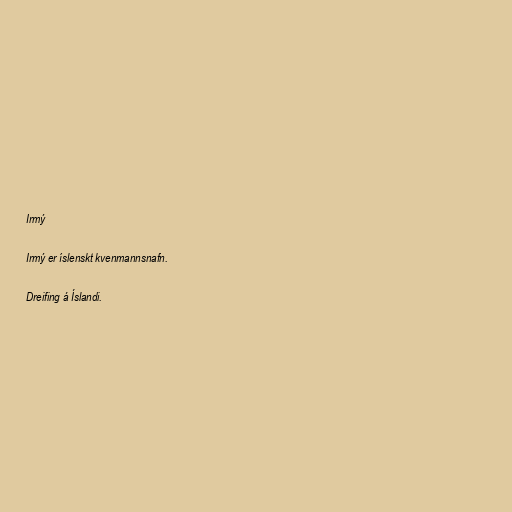
Irmý

Irmý er íslenskt kvenmannsnafn.

Dreifing á Íslandi.